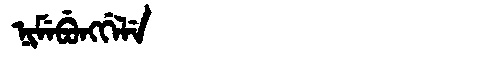
Manchu: ᠨᡳᠮᡝᠪᡠᠩᡤᡝᠯᡝ
Romanization: NIMEBUNGGELE